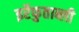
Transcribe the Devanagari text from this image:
इर्रेफुताब्ली